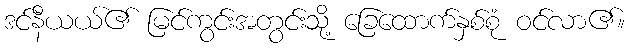
ဒင်နီယယ်၏ မြင်ကွင်းအတွင်းသို့ ခြေထောက်နှစ်စုံ ဝင်လာ၏။